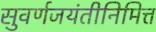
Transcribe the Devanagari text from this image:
सुवर्णजयंतीनिमित्त